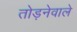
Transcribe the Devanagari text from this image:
तोड़नेवाले